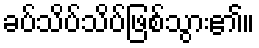
ခပ်သိပ်သိပ်ဖြစ်သွား၏။